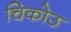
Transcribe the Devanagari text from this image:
चिकोउ